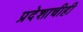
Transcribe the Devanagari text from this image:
प्रदेशाचीही